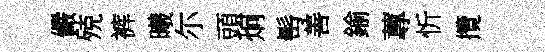
儼殑裤曦尓頭炯髩善鍮蓴忻攬